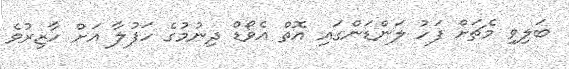
ބަލިވި މެޗަށް ފަހު ލަންޑަންގައި އޮތް އެވޯޑް ދިނުމުގެ ހަފުލާ އަށް ހާޒިރުވެ